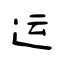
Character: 运